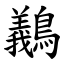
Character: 䴊